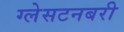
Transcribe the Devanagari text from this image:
ग्लेसटनबरी